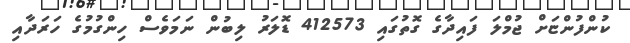
ކުންފުންޏަށް ޖުމްލަ ފައިދާގެ ގޮތުގައި 412573 ޑޮލަރު ލިބުން ނަމަވެސް ހިންގުމުގެ ހަރަދާއި